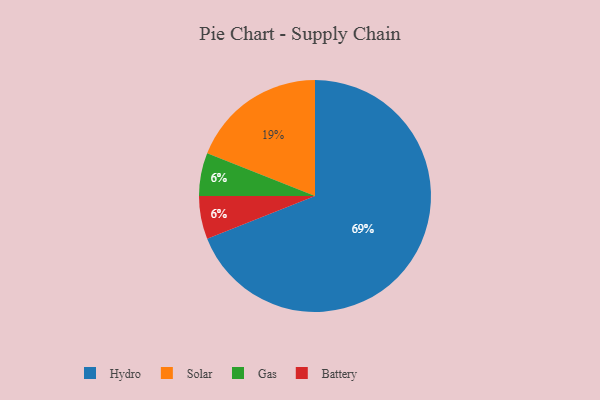
{"axis": {"x": "Category", "y": "Percentage"}, "legend": ["Battery", "Gas", "Hydro", "Solar"], "data": [{"x": "Gas", "y": 6, "type": "Gas"}, {"x": "Battery", "y": 6, "type": "Battery"}, {"x": "Solar", "y": 19, "type": "Solar"}, {"x": "Hydro", "y": 69, "type": "Hydro"}]}